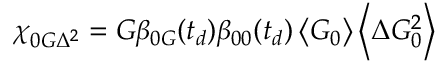
\chi _ { 0 G \Delta ^ { 2 } } = G \beta _ { 0 G } ( t _ { d } ) \beta _ { 0 0 } ( t _ { d } ) \left\langle G _ { 0 } \right\rangle \left\langle \Delta G _ { 0 } ^ { 2 } \right\rangle